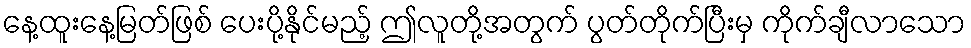
နေ့ထူးနေ့မြတ်ဖြစ် ပေးပို့နိုင်မည့် ဤလူတို့အတွက် ပွတ်တိုက်ပြီးမှ ကိုက်ချီလာသော